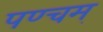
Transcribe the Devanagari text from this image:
पण्चम्